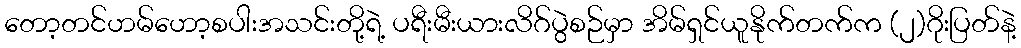
တော့တင်ဟမ်ဟော့စပါးအသင်းတို့ရဲ့ ပရီးမီးယားလိဂ်ပွဲစဉ်မှာ အိမ်ရှင်ယူနိုက်တက်က (၂)ဂိုးပြတ်နဲ့